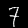
Label: 7